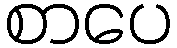
စာပေ